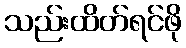
သည်းထိတ်ရင်ဖို